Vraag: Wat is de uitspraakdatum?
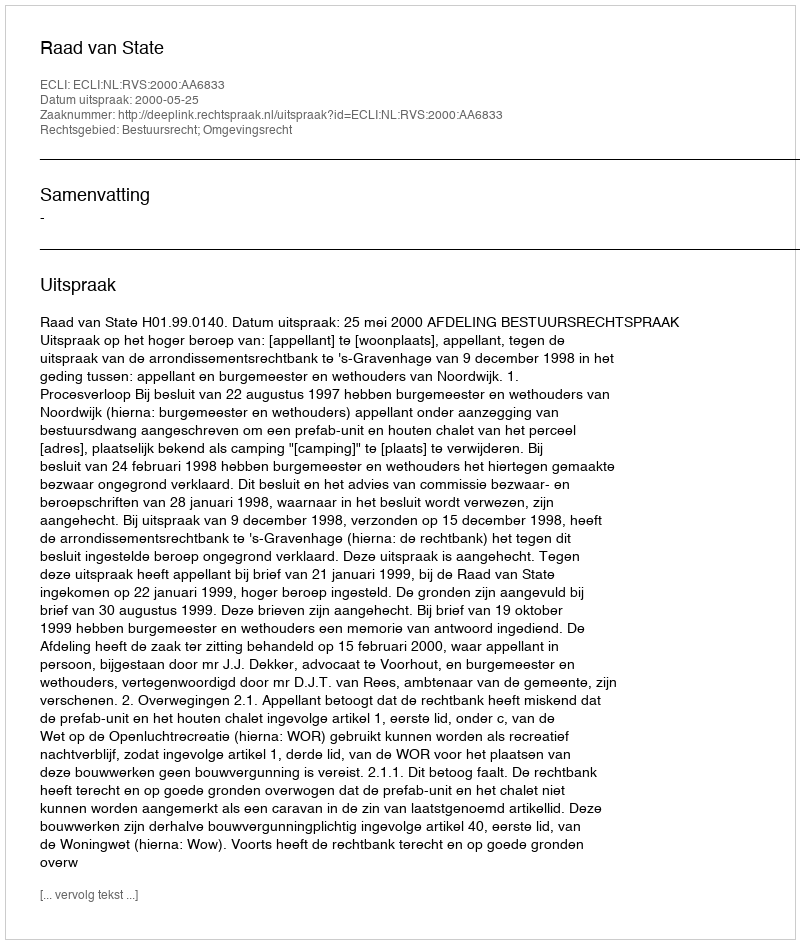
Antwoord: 2000-05-25